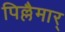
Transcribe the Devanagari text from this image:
पिल्लैमार्